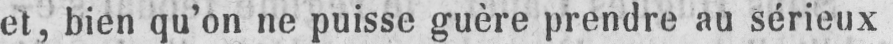
et, bien qu’on ne puisse guère prendre au sérieux